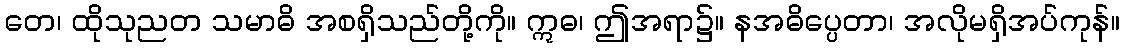
တေ၊ ထိုသုညတ သမာဓိ အစရှိသည်တို့ကို။ ဣဓ၊ ဤအရာ၌။ နအဓိပ္ပေတာ၊ အလိုမရှိအပ်ကုန်။